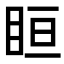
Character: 𥅨